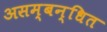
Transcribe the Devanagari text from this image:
असम्बन्धित